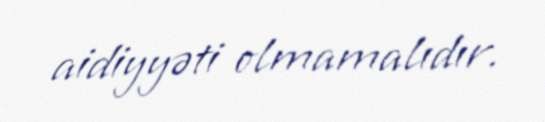
aidiyyəti olmamalıdır.